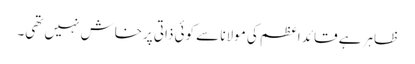
ظاہر ہے قائد اعظم کی مولانا سے کوئی ذاتی پرخاش نہیں تھی۔